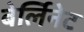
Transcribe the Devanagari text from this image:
बेर्लिनेट